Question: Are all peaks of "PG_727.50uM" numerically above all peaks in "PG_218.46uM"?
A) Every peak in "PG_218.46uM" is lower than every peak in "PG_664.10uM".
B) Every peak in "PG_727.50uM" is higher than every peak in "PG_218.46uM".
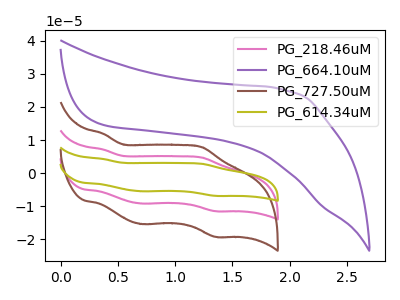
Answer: <think>The pink curve "PG_218.46uM" has anodic peaks at (0.35V, 7.10uA) (1.25V, 4.65uA) and cathodic peaks at (0.70V, -9.25uA) (1.35V, -11.55uA). The purple curve "PG_664.10uM" has no peaks. The brown curve "PG_727.50uM" has anodic peaks at (0.35V, 11.90uA) (1.25V, 7.80uA) and cathodic peaks at (0.70V, -15.45uA) (1.35V, -19.30uA). The olive curve "PG_614.34uM" has anodic peaks at (0.35V, 14.20uA) (1.25V, 9.35uA) and cathodic peaks at (0.70V, -18.45uA) (1.35V, -23.10uA).</think>
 <answer>B) Every peak in "PG_727.50uM" is higher than every peak in "PG_218.46uM".</answer>
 <eval>B</eval>